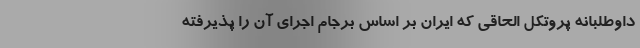
داوطلبانه پروتکل الحاقی که ایران بر اساس برجام اجرای آن را پذیرفته